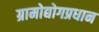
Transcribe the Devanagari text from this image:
ग्रामोद्योगप्रधान